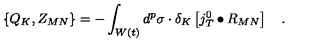
\left\{ Q _ { K } , Z _ { M N } \right\} = - \int _ { W \left( t \right) } d ^ { p } \sigma \cdot \delta _ { K } \left[ j _ { T } ^ { 0 } \bullet R _ { M N } \right] \quad .